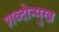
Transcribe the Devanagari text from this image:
शब्दोन्मुख